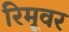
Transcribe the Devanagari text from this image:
रिमूवर